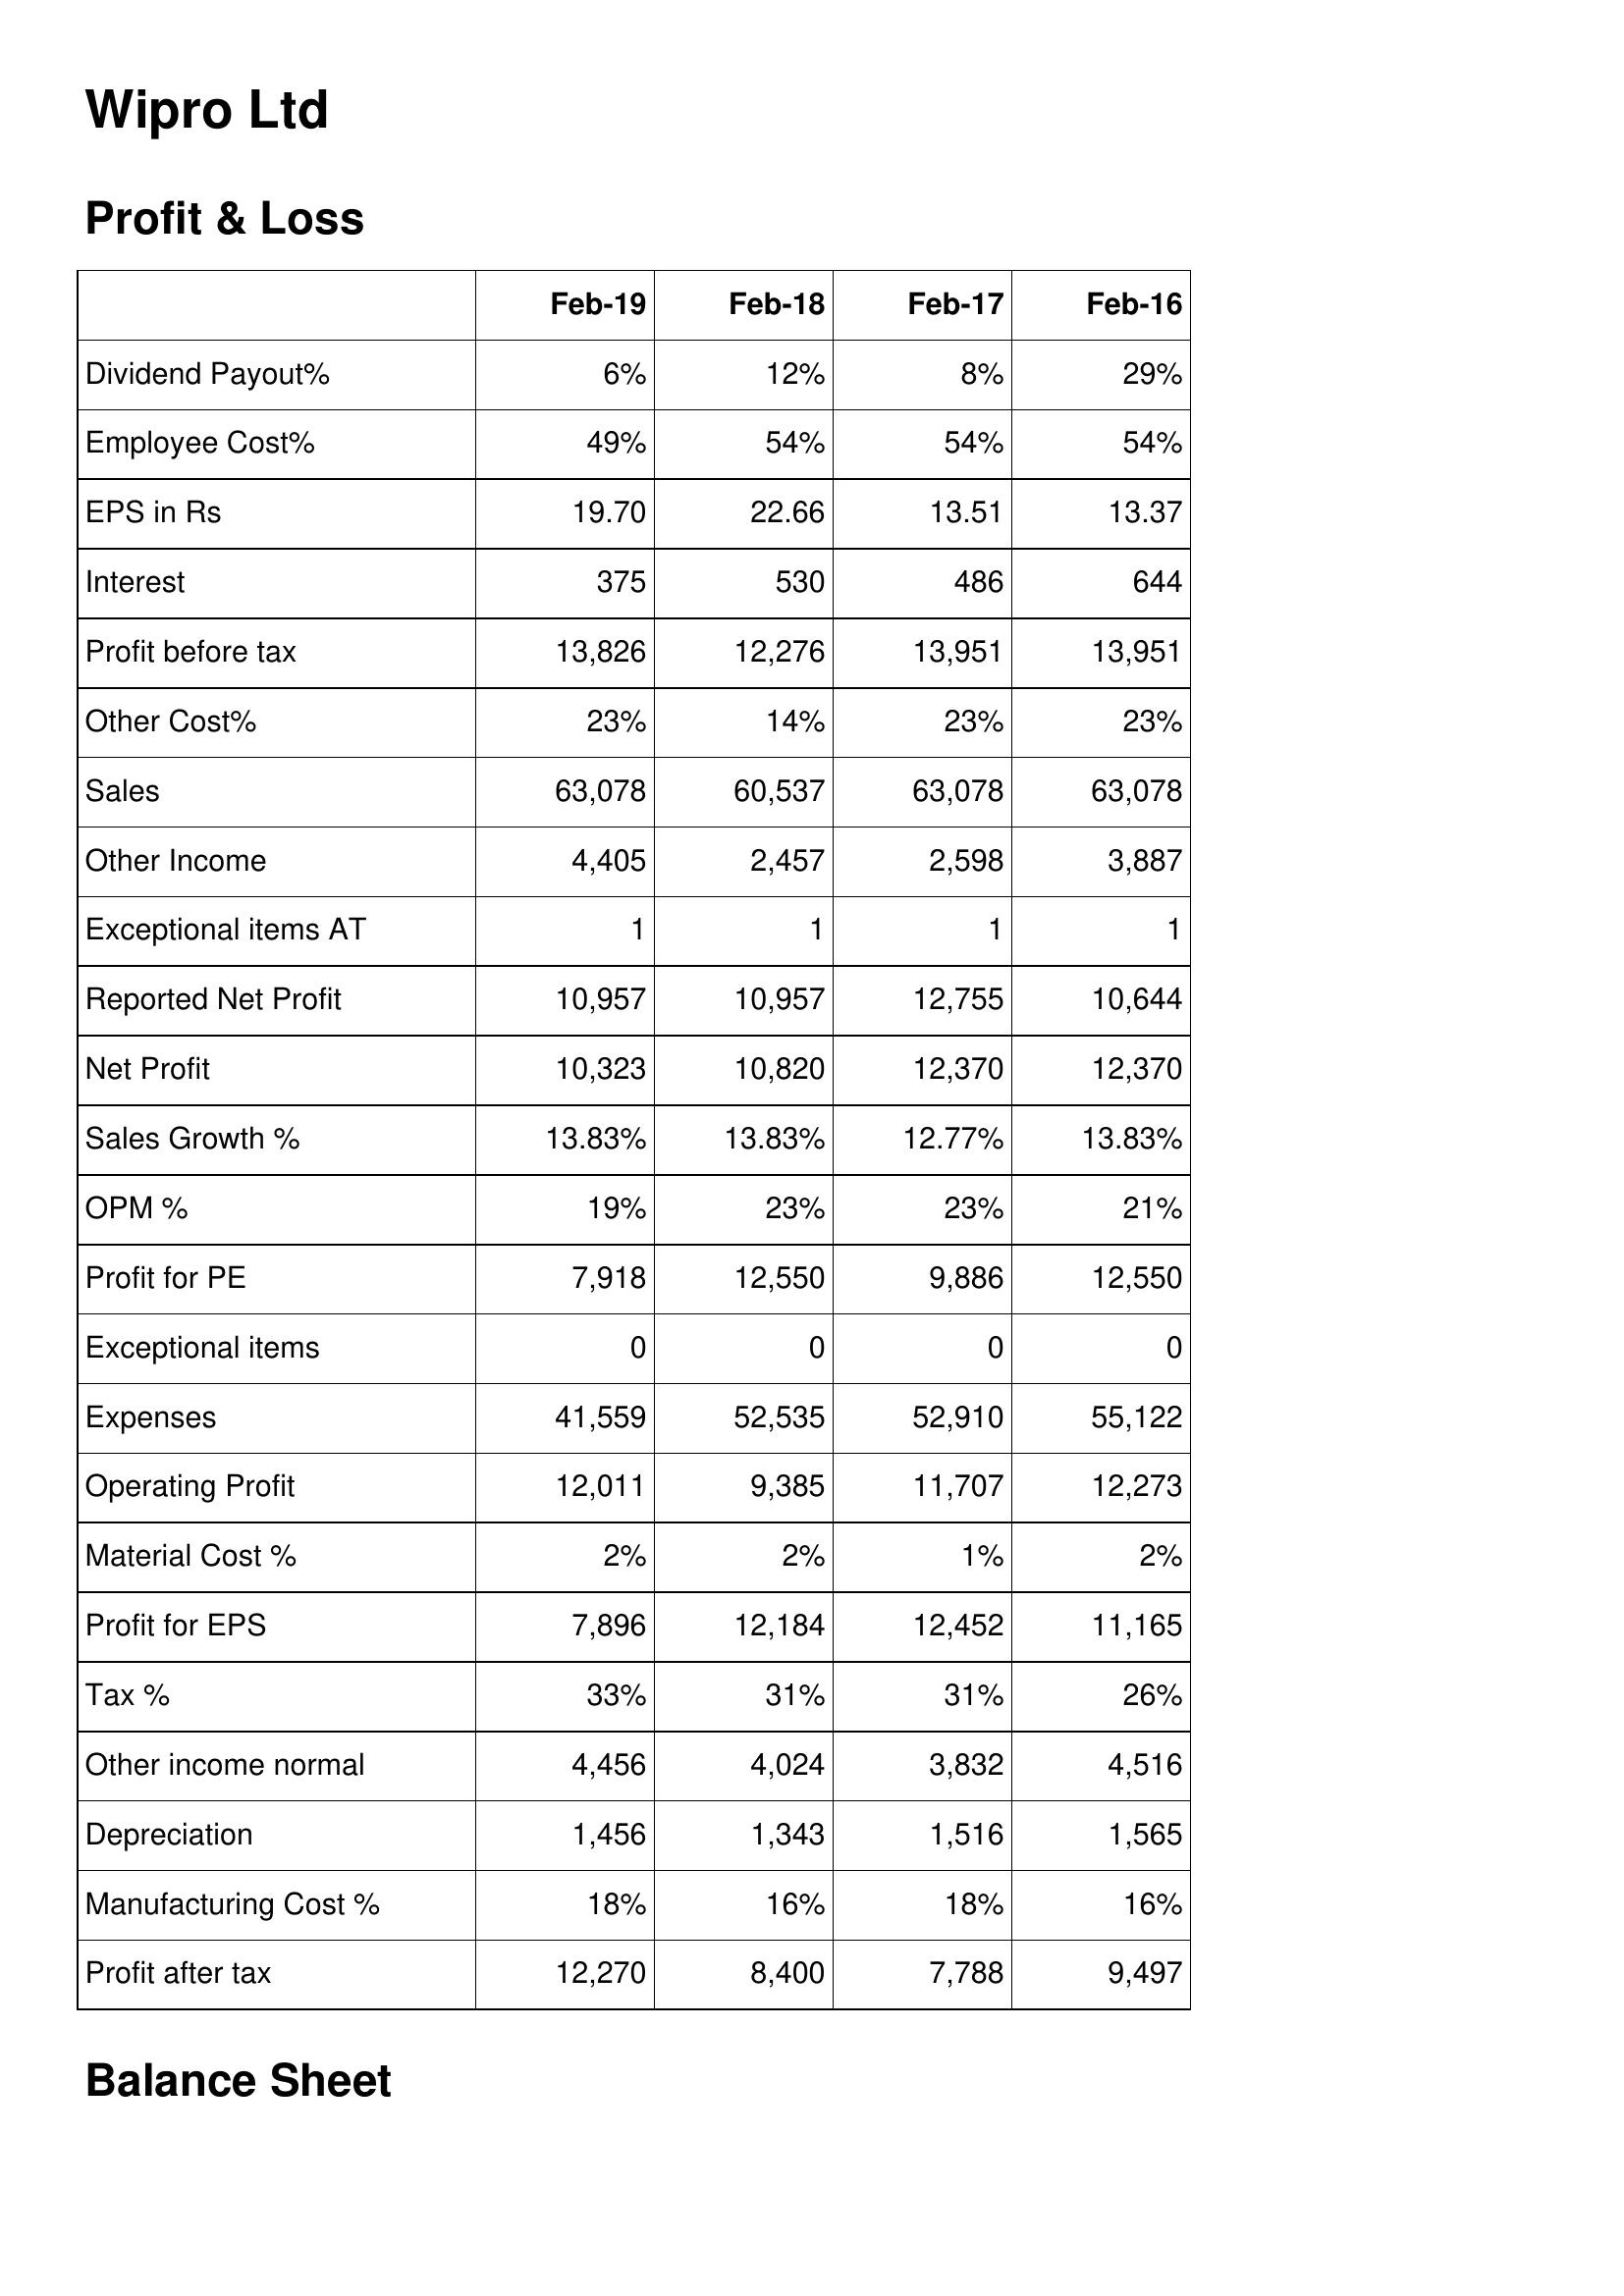
Feb-19: Profit & Loss: Dividend Payout%: 6%
Employee Cost%: 49%
EPS in Rs: 19.70
Interest: 375
Profit before tax: 13,826
Other Cost%: 23%
Sales: 63,078
Other Income: 4,405
Exceptional items AT: 1
Reported Net Profit: 10,957
Net Profit: 10,323
Sales Growth %: 13.83%
OPM %: 19%
Profit for PE: 7,918
Exceptional items: 0
Expenses: 41,559
Operating Profit: 12,011
Material Cost %: 2%
Profit for EPS: 7,896
Tax %: 33%
Other income normal: 4,456
Depreciation: 1,456
Manufacturing Cost %: 18%
Profit after tax: 12,270
Feb-18: Profit & Loss: Dividend Payout%: 12%
Employee Cost%: 54%
EPS in Rs: 22.66
Interest: 530
Profit before tax: 12,276
Other Cost%: 14%
Sales: 60,537
Other Income: 2,457
Exceptional items AT: 1
Reported Net Profit: 10,957
Net Profit: 10,820
Sales Growth %: 13.83%
OPM %: 23%
Profit for PE: 12,550
Exceptional items: 0
Expenses: 52,535
Operating Profit: 9,385
Material Cost %: 2%
Profit for EPS: 12,184
Tax %: 31%
Other income normal: 4,024
Depreciation: 1,343
Manufacturing Cost %: 16%
Profit after tax: 8,400
Feb-17: Profit & Loss: Dividend Payout%: 8%
Employee Cost%: 54%
EPS in Rs: 13.51
Interest: 486
Profit before tax: 13,951
Other Cost%: 23%
Sales: 63,078
Other Income: 2,598
Exceptional items AT: 1
Reported Net Profit: 12,755
Net Profit: 12,370
Sales Growth %: 12.77%
OPM %: 23%
Profit for PE: 9,886
Exceptional items: 0
Expenses: 52,910
Operating Profit: 11,707
Material Cost %: 1%
Profit for EPS: 12,452
Tax %: 31%
Other income normal: 3,832
Depreciation: 1,516
Manufacturing Cost %: 18%
Profit after tax: 7,788
Feb-16: Profit & Loss: Dividend Payout%: 29%
Employee Cost%: 54%
EPS in Rs: 13.37
Interest: 644
Profit before tax: 13,951
Other Cost%: 23%
Sales: 63,078
Other Income: 3,887
Exceptional items AT: 1
Reported Net Profit: 10,644
Net Profit: 12,370
Sales Growth %: 13.83%
OPM %: 21%
Profit for PE: 12,550
Exceptional items: 0
Expenses: 55,122
Operating Profit: 12,273
Material Cost %: 2%
Profit for EPS: 11,165
Tax %: 26%
Other income normal: 4,516
Depreciation: 1,565
Manufacturing Cost %: 16%
Profit after tax: 9,497